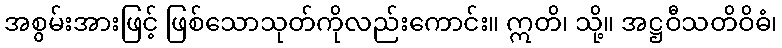
အစွမ်းအားဖြင့် ဖြစ်သောသုတ်ကိုလည်းကောင်း။ ဣတိ၊ သို့။ အဋ္ဌဝီသတိဝိဓံ၊